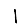
Digit: 1